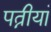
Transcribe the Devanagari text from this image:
पत्नीयां